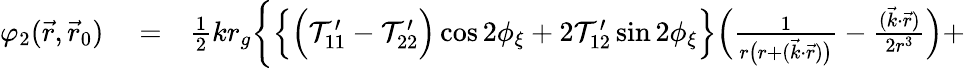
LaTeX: \begin{array}{rlr}{\varphi_{2}(\vec{r},\vec{r}_{0})}&{{}=}&{{\textstyle\frac{1}{2}}kr_{g}\bigg\{ \Big\{ \Big({\cal T}_{11}^{\prime}-{\cal T}_{22}^{\prime}\Big)\cos 2\phi_{\xi}+2{\cal T}_{12}^{\prime}\sin 2\phi_{\xi}\Big\} \Big(\frac{1}{r\big(r+({\vec{k}}\cdot{\vec{r}})\big)}-\frac{({\vec{k}}\cdot{\vec{r}})}{2r^{3}}\Big)+}\end{array}